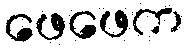
ဖေဖေက